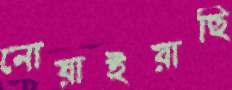
নোয়াইয়াছি